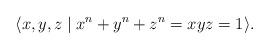
LaTeX: \begin{align*}\langle x,y,z\mid x^n+y^n+z^n=xyz=1\rangle.\end{align*}